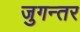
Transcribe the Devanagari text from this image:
जुगन्तर